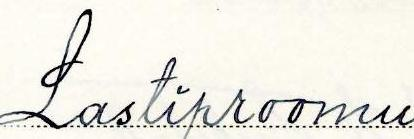
Lastiproomu